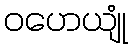
ဝဟေယျုံ